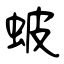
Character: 蚾